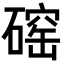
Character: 𪿲